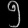
Digit: ၅